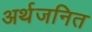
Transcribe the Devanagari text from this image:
अर्थजनित